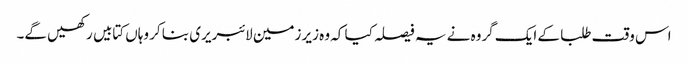
اس وقت طلبا کے ایک گروہ نے یہ فیصلہ کیا کہ وہ زیر زمین لائبریری بنا کر وہاں کتابیں رکھیں گے۔